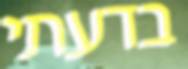
בדעתי